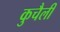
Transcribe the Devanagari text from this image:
कुचैली